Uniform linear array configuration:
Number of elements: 24
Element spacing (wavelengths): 0.25
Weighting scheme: binomial
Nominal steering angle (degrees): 60
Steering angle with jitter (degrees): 59.714
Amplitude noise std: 0.05
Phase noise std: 0.05

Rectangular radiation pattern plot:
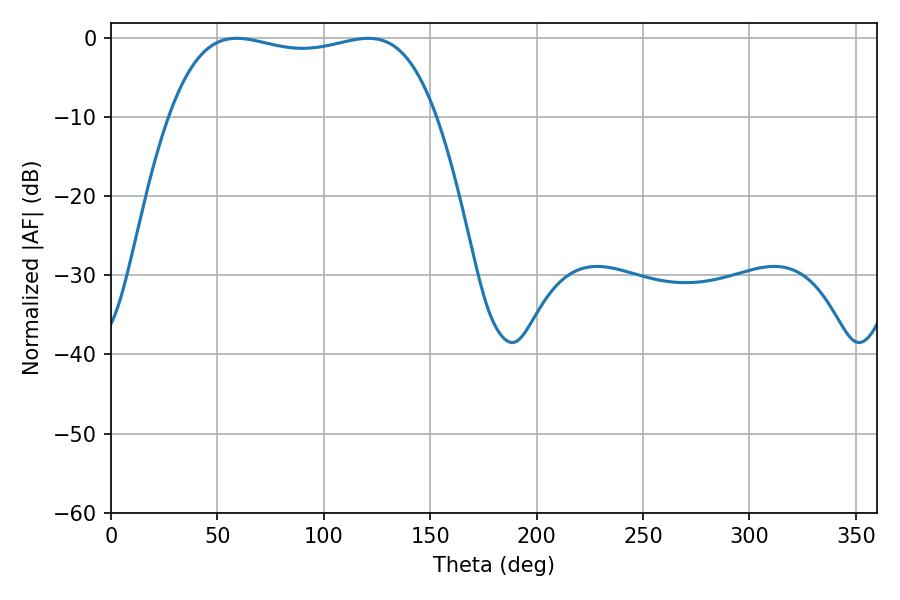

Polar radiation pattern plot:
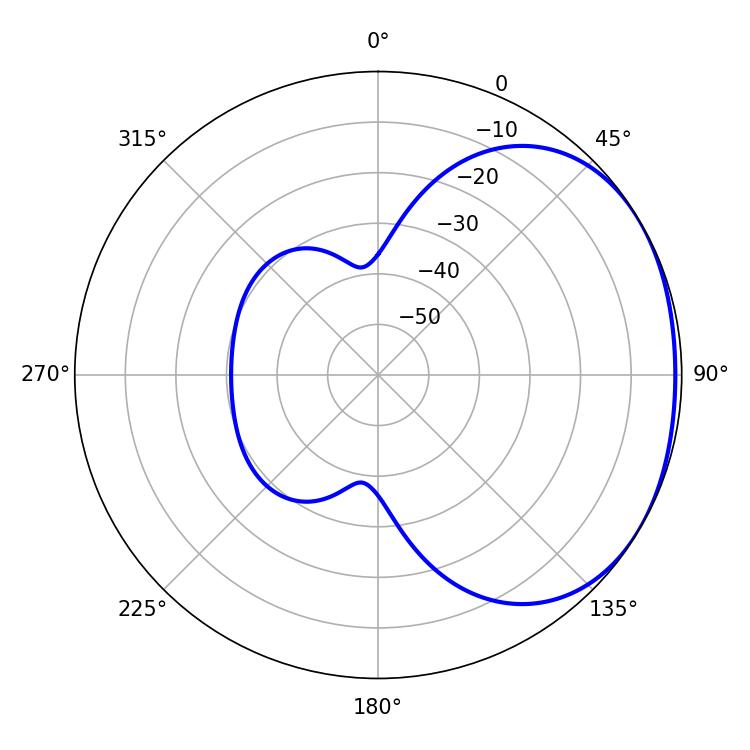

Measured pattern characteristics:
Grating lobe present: FALSE
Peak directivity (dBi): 1.592
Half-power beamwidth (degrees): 100.8
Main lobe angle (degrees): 59.04